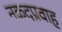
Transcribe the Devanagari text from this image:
नकदप्रवाह